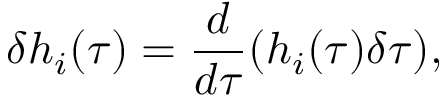
\delta h _ { i } ( \tau ) = \frac { d } { d \tau } ( h _ { i } ( \tau ) \delta \tau ) ,